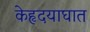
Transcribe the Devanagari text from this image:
केहृदयाघात